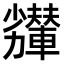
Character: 𠣇